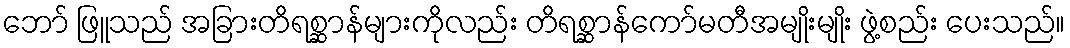
ဘော် ဖြူသည် အခြားတိရစ္ဆာန်များကိုလည်း တိရစ္ဆာန်ကော်မတီအမျိုးမျိုး ဖွဲ့စည်း ပေးသည်။